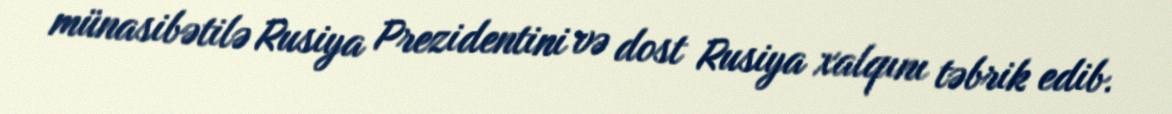
münasibətilə Rusiya Prezidentini və dost Rusiya xalqını təbrik edib.